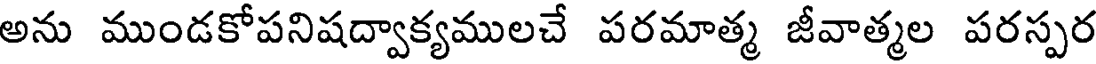
అను ముండకోపనిషద్వాక్యములచే పరమాత్మ జీవాత్మల పరస్పర